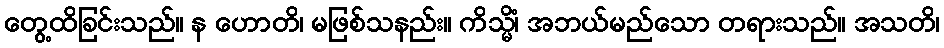
တွေ့ထိခြင်းသည်။ န ဟောတိ၊ မဖြစ်သနည်း။ ကိသ္မိံ၊ အဘယ်မည်သော တရားသည်။ အသတိ၊